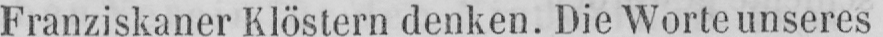
Franziskaner Klöstern denken. Die Worte unseres